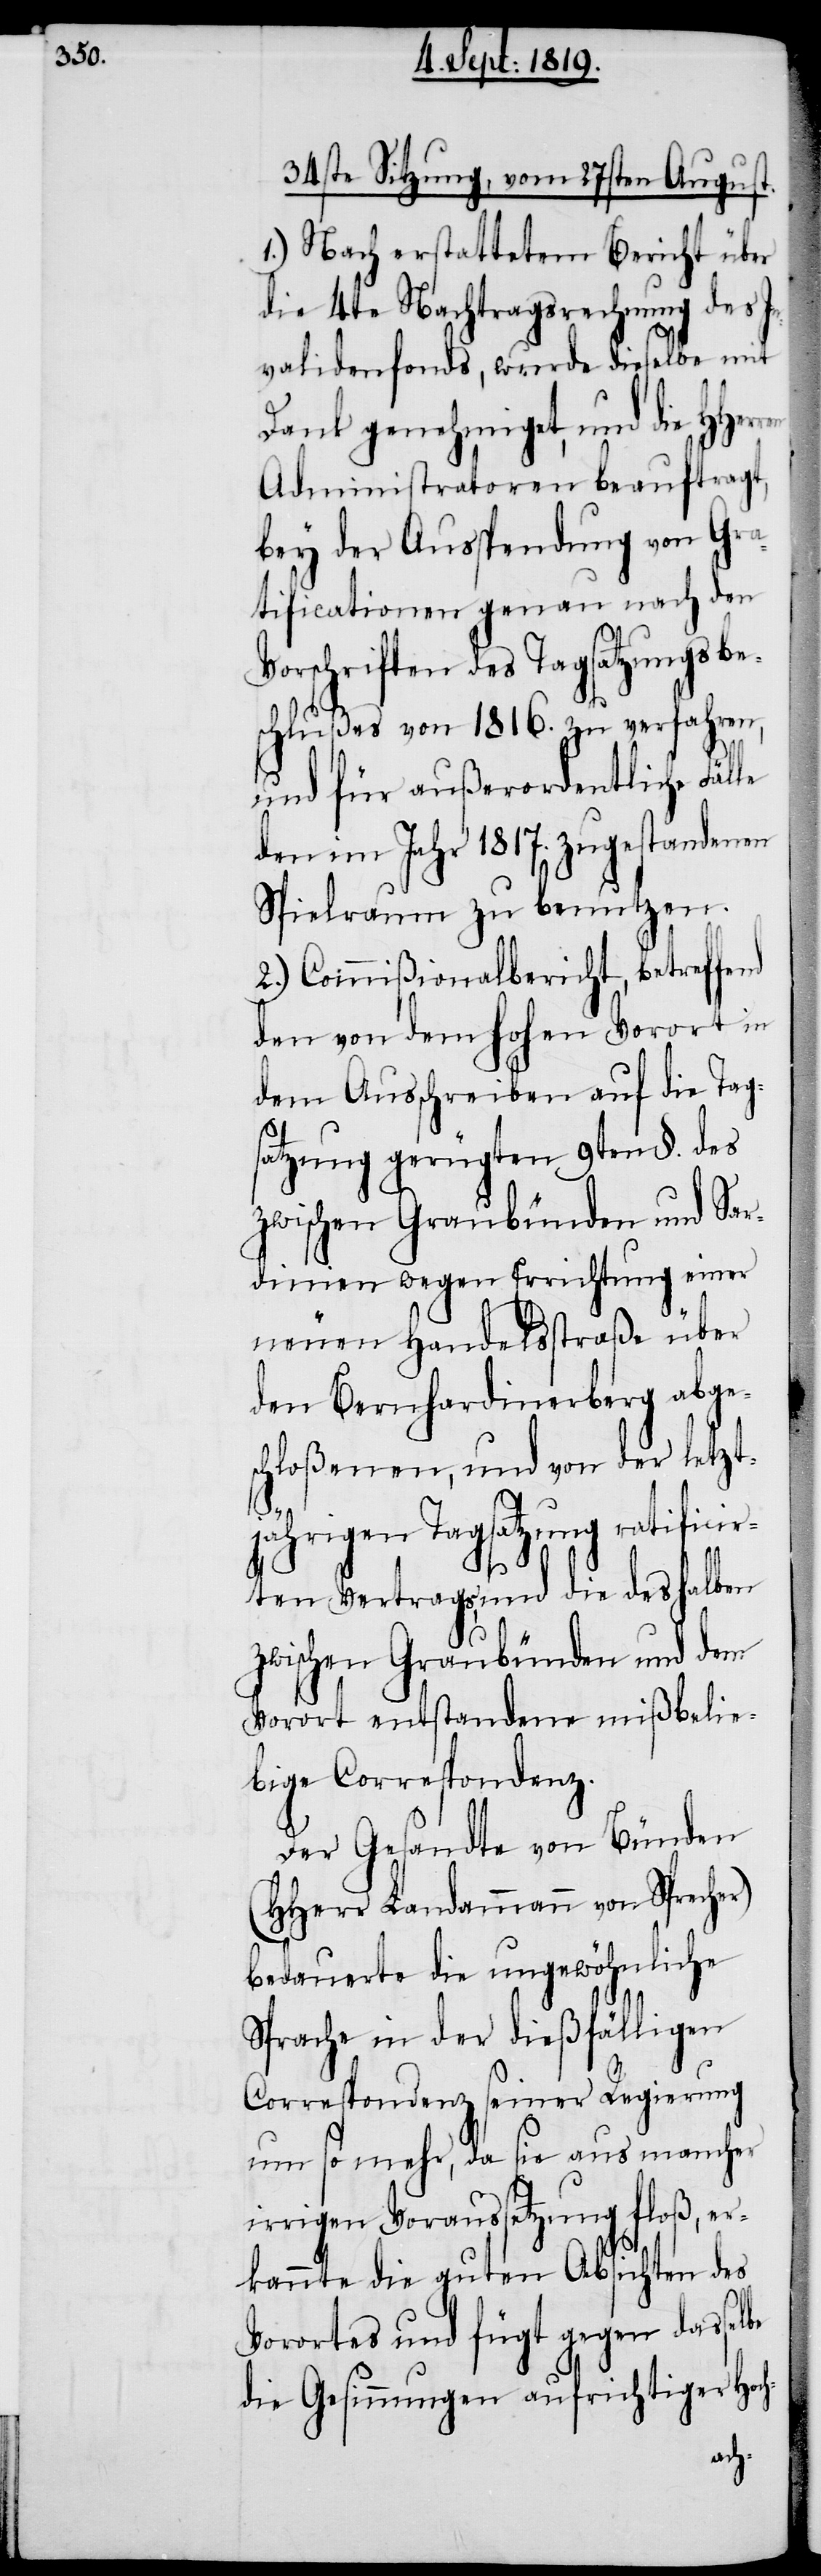
34ste Sitzung, vom 27sten August.
1.) Nach erstattetem Bericht über
die 4te Nachtragsrechnung des I¬
nvalidenfonds, wurde dieselbe mit
Dank genehmiget, und die
Administratoren beauftragt,
bey der Ausspendung von Gra¬
tificatonen genau nach den
rschriften des Tagsatzungsbe¬
schlußes von 1816. zu verfahren,
und für außerordentliche Fälle
den im Jahr 1817. zugestandenen
Spielraum zu benutzen.
2.) Commißionalbericht, betreffend
den von dem hohen Vorort in
dem Ausschreiben auf die Tag¬
satzung gerügten 9ten §. des
zwischen Graubünden und Sar¬
dinien wegen Errichtung einer
neuen Handelsstraße über
den Bernhardinerberg abge¬
schloßenen, und von der letzt¬
be
jährigen Tagsatzung ratifici¬
rten Vertrags, und die des halben
zwischen Graubünden und dem
Vorort entstandene mißbelie¬
bige Correspondenz.
Der Gesandte von Bünden
(HHerr Landammann von Sprecher)
bedauerte die ungewöhnliche
Sprache in der dießfälligen
Correspondenz seiner Regierung
um so mehr, da sie aus mancher
irrigen Voraussetzung floß, er¬
kannte die guten Absichten des
Vorortes und fügt gegen dassel¬
die Gesinnungen aufrichtiger Ho¬
ch-